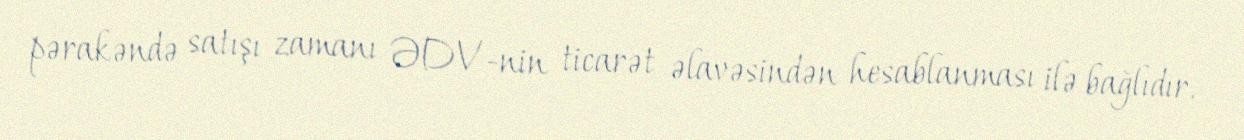
pərakəndə satışı zamanı ƏDV-nin ticarət əlavəsindən hesablanması ilə bağlıdır.